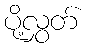
ပို့လွှတ်